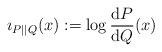
LaTeX: \begin{align*}\imath_{P||Q}(x):=\log\frac{{\rm d}P}{{\rm d}Q}(x)\end{align*}